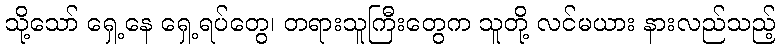
သို့သော် ရှေ့နေ ရှေ့ရပ်တွေ၊ တရားသူကြီးတွေက သူတို့ လင်မယား နားလည်သည့်